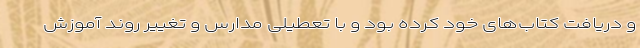
و دریافت کتاب‌های خود کرده بود و با تعطیلی مدارس و تغییر روند آموزش